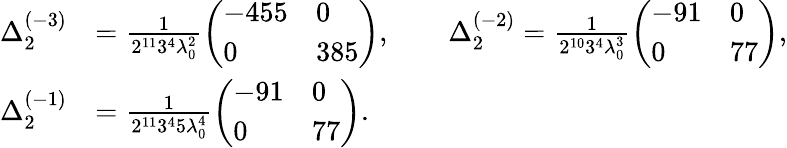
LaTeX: \begin{array}{rl}{\Delta_{2}^{(-3)}}&{=\frac{1}{2^{11}3^{4}\lambda_{0}^{2}}\left(\begin{array}{ll}{-455}&{0}\\ {0}&{385}\end{array}\right),\qquad\Delta_{2}^{(-2)}=\frac{1}{2^{10}3^{4}\lambda_{0}^{3}}\left(\begin{array}{ll}{-91}&{0}\\ {0}&{77}\end{array}\right),}\\ {\Delta_{2}^{(-1)}}&{=\frac{1}{2^{11}3^{4}5\lambda_{0}^{4}}\left(\begin{array}{ll}{-91}&{0}\\ {0}&{77}\end{array}\right).}\end{array}